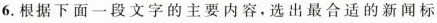
6.根据下面一段文字的主要内容，选出最合适的新闻标